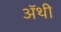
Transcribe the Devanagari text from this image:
अॅथी